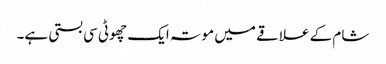
شام کے علاقے میں موتہ ایک چھوٹی سی بستی ہے۔